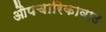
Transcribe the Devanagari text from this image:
औपचारिकावाद